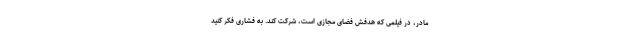
مادر، در فیلمی که هدفش فضای مجازی است، شرکت کند. به فشاری فکر کنید